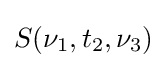
S(\nu _{1},t_{2},\nu _{3})